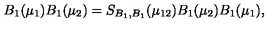
B _ { 1 } ( \mu _ { 1 } ) B _ { 1 } ( \mu _ { 2 } ) = S _ { B _ { 1 } , B _ { 1 } } ( \mu _ { 1 2 } ) B _ { 1 } ( \mu _ { 2 } ) B _ { 1 } ( \mu _ { 1 } ) ,